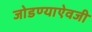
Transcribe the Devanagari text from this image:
जोडण्याऐवजी